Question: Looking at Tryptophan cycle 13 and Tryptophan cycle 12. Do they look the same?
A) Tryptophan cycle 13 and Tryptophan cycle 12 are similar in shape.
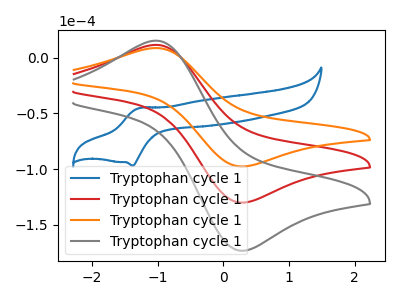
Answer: <think>The blue curve "Tryptophan cycle 11" has an anodic peak at (-1.25V, -45.20uA) and a cathodic peak at (-1.40V, -96.95uA). The red curve "Tryptophan cycle 12" has an anodic peak at (-1.05V, 11.35uA) and a cathodic peak at (0.30V, -129.95uA). The orange curve "Tryptophan cycle 13" has an anodic peak at (-1.05V, 8.55uA) and a cathodic peak at (0.30V, -97.60uA). The gray curve "Tryptophan cycle 14" has an anodic peak at (-1.05V, 22.75uA) and a cathodic peak at (0.30V, -259.95uA).
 All the peaks in "Tryptophan cycle 13" have a peak in "Tryptophan cycle 12" at the same potential. Every peak in "Tryptophan cycle 13" is lower than every peak in "Tryptophan cycle 12".</think>
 <answer>A) "Tryptophan cycle 13" and "Tryptophan cycle 12" are similar in shape.</answer>
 <eval>A</eval>